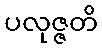
ပလုဇ္ဇတိ